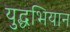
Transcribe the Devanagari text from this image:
युद्धभियान